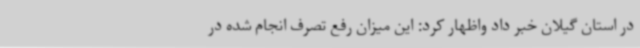
در استان گیلان خبر داد واظهار کرد: این میزان رفع تصرف انجام شده در